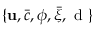
\{ { \bf u } , \bar { c } , \phi , \bar { \xi } , \mathrm { ~ d ~ } \}